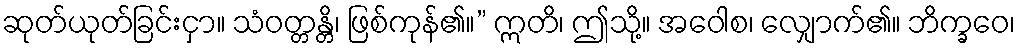
ဆုတ်ယုတ်ခြင်းငှာ။ သံဝတ္တန္တိ၊ ဖြစ်ကုန်၏။” ဣတိ၊ ဤသို့။ အဝေါစ၊ လျှောက်၏။ ဘိက္ခဝေ၊